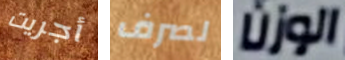
أجريت لصرف الوزن